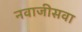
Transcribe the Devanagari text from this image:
नवाजीसवा